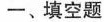
一、填空题